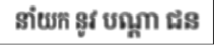
នាំយក នូវ បណ្តា ជន